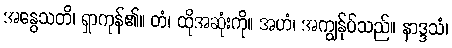
အနွေသတိ၊ ရှာကုန်၏။ တံ၊ ထိုအဆုံးကို။ အဟံ၊ အကျွန်ုပ်သည်။ နာဒ္ဒသံ၊